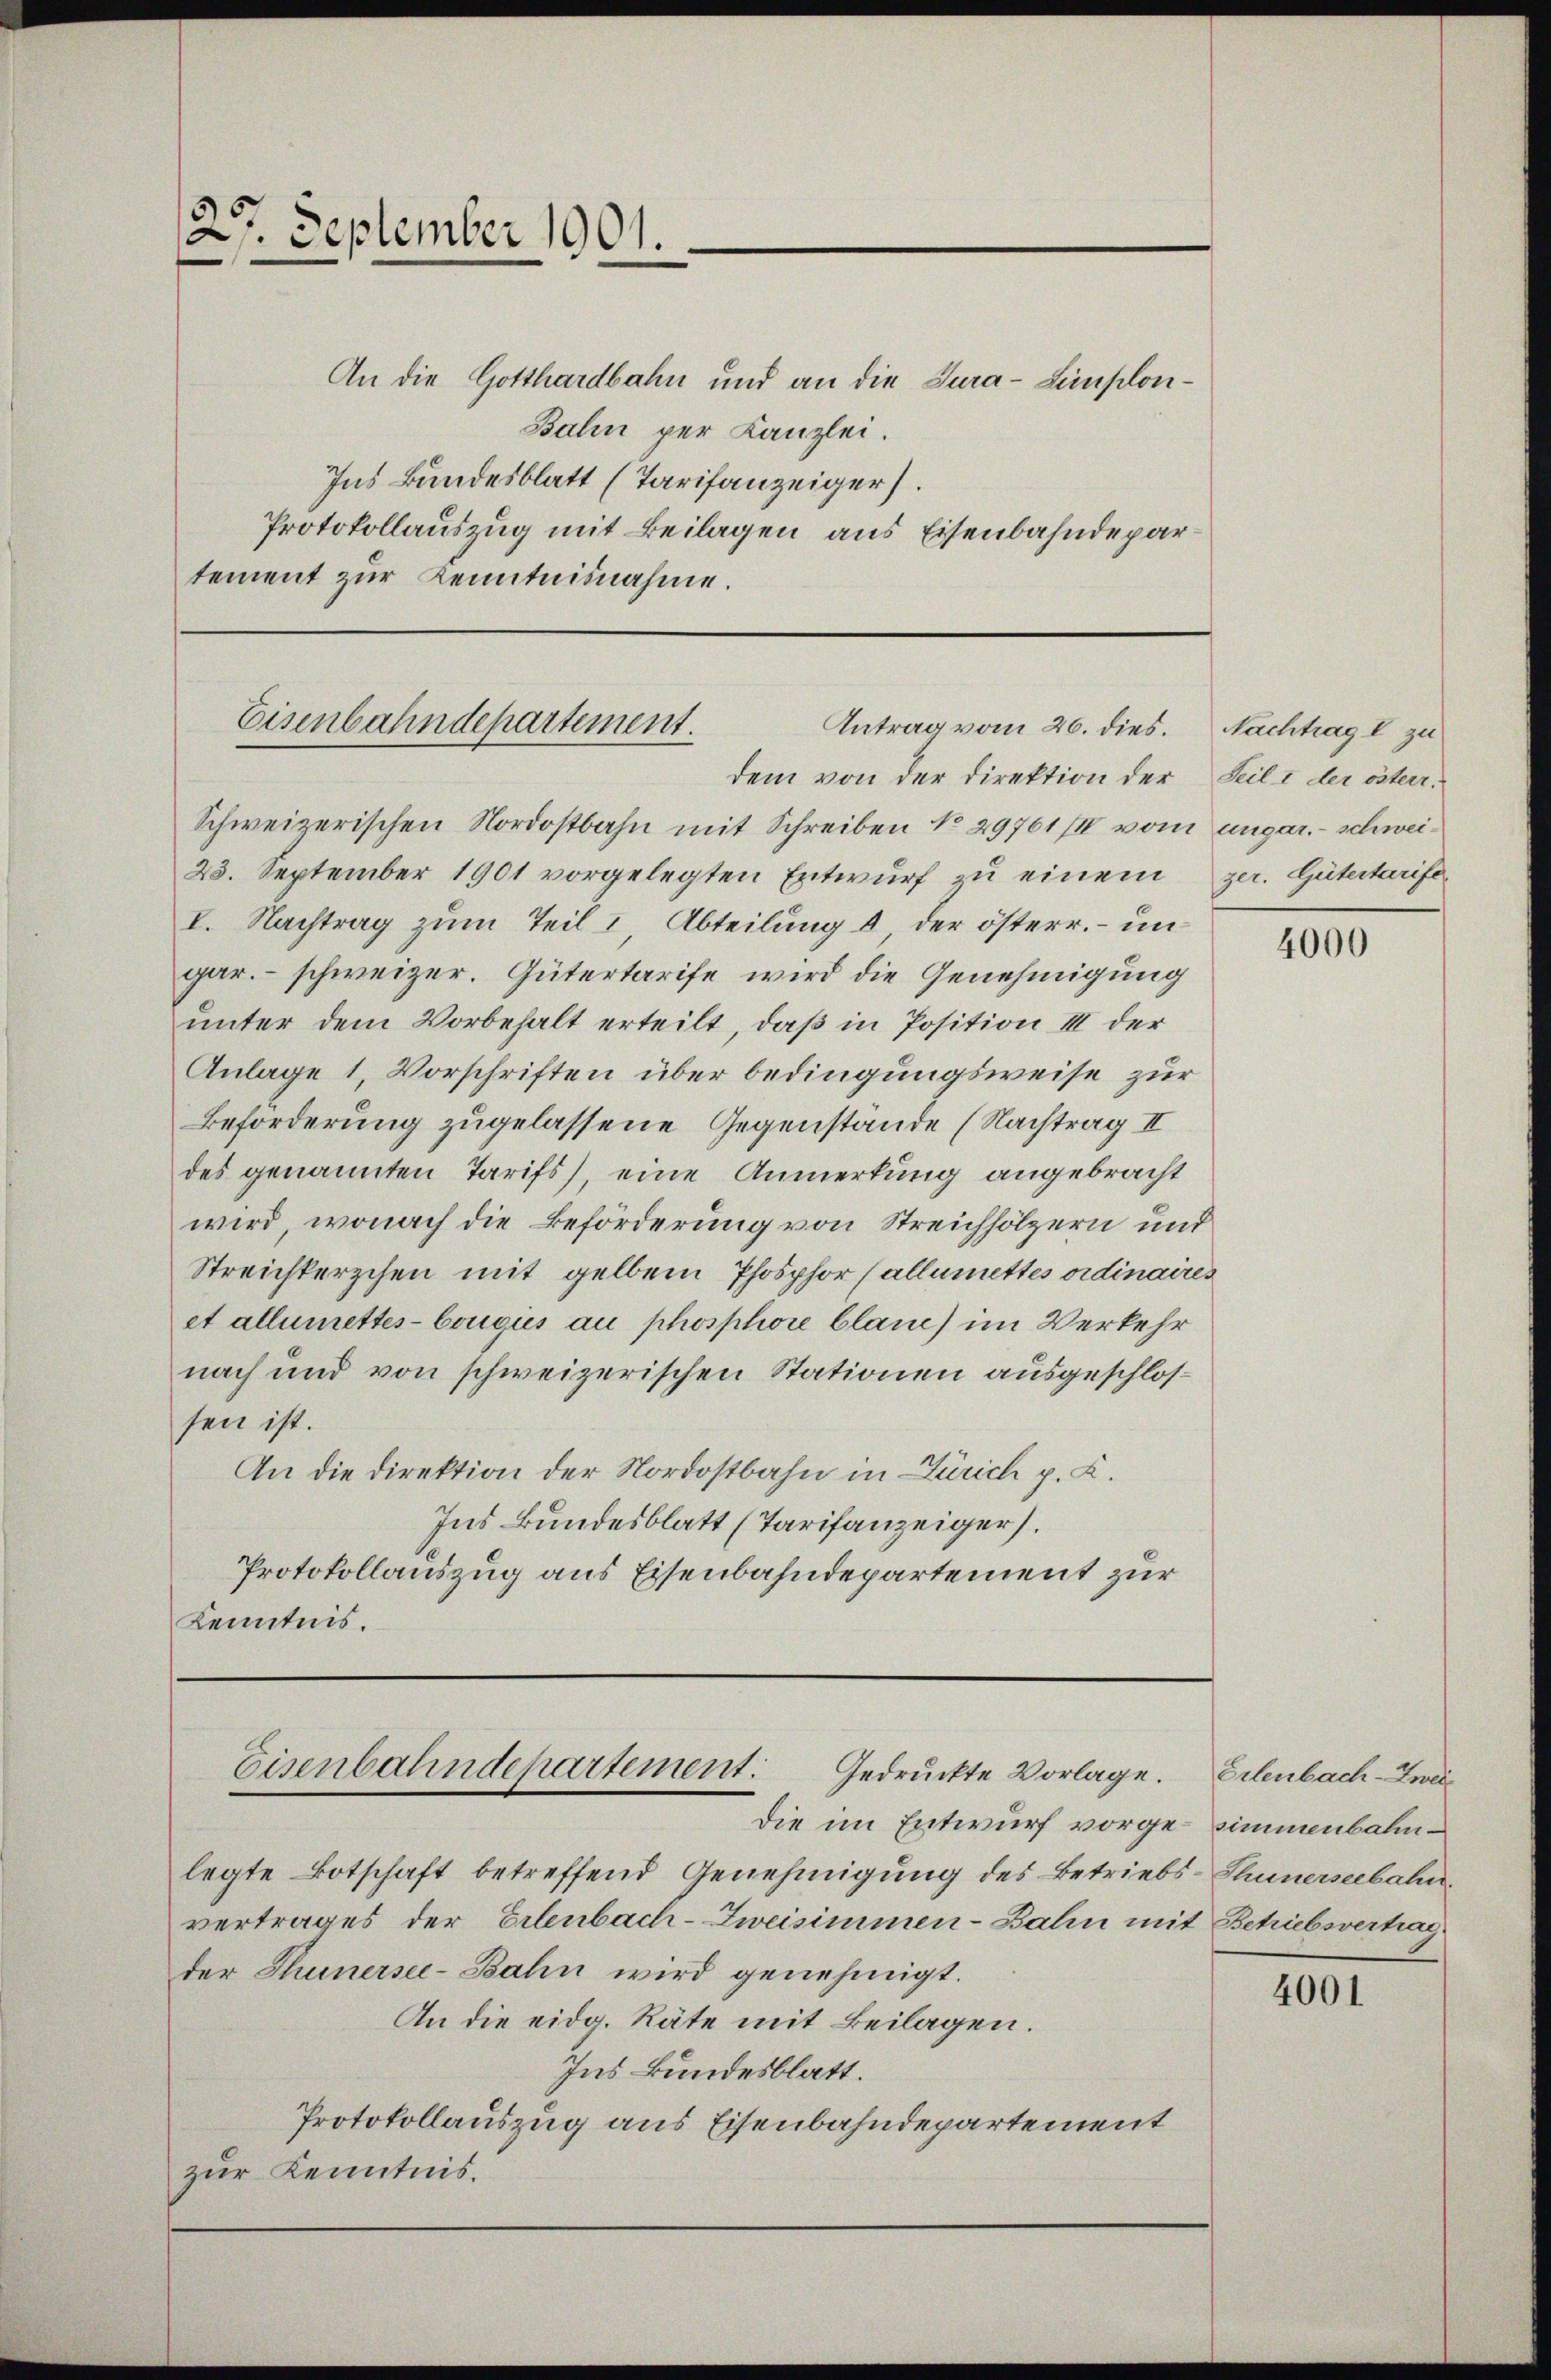
27. September 1901.

An die Gotthardbahn und an die Jura-Limplon¬
Balin per Kanzlei.
Ins Bundesblatt (Tarifanzeiger.
Protokollauszug mit Beilagen aus Eisenbahndepartement zur Kenntnisnahme.

Eisenbahndepartement.
Antrag vom 26. dies.

Schweizerischen Nordostbahn mit Schreiben No 29761/II vom ungar. - schwei¬
23. September 1901 vorgelegten Entwŭrf zŭ einem per. Gütertarife
I. Nachtrag zum Teil & Abteilung d der österr. – ungar. schweizer. Gütertarife wird die Genehmigung
unter dem Vorbehalt erteilt, daß in Position III der
Anlage 1, Vorschriften über bedingungsweise zur
Beförderung zugelassene Gegenstände (Nachtrag II
des genannten Tarifs), eine Anmerkung angebracht
wird, wonach die Beförderung von Streichhölzern und
Streichterschen mit gelben Phosphor (allemettes ordinaires
et allemettes-Cougies au phosphore blanc) im Verkehr
nach und von schweizerischen Stationen ausgeschlossen ist.
An die Direktion der Nordostbahn in Zürich p. C.
Ins Bundesblatt (Tarifanzeiger.
Protokollauszug aus Eisenbahndepartement zur
Kenntnis.

dem von der Direktion der Seil I der österr

Eisenbahndepartement:
Gedruckte Vorlage. Erlenbach-Zwei¬

legte Botschaft betreffend Genehmigung des Betriebs-Thunerseebahnvertrages der Erlenbach-Zweisimmen-Bahn mit Betriebsvertag
der Thunersee-Bahn wird genehmigt.
An die eidg. Räte mit Beilagen.
Ins Bundesblatt.
Protokollauszug aus Eisenbahndepartement
zur Kenntnis.

Die im Entwurf vorge¬

Nachtrag I zu

4000

simmenbahn

4001